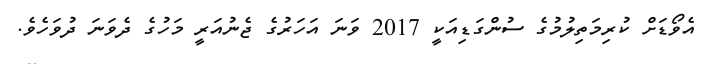
އެވޯޑަށް ކުރިމަތިލުމުގެ ސުންގަޑިއަކީ 2017 ވަނަ އަހަރުގެ ޖެނުއަރީ މަހުގެ ދެވަނަ ދުވަހެވެ.